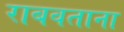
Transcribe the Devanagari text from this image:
राबवताना